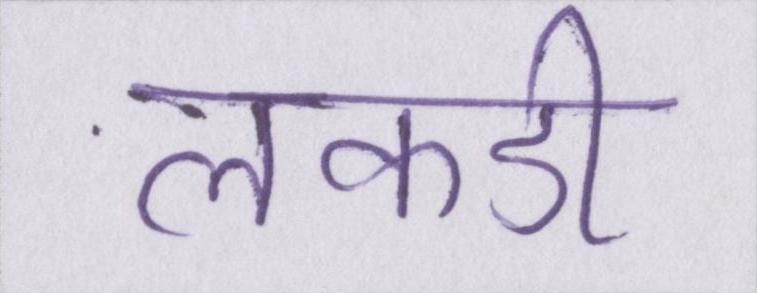
लकडी